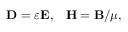
\mathbf { D } = \varepsilon \mathbf { E } , \; \; \; \mathbf { H } = \mathbf { B } / \mu ,